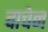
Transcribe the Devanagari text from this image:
वाचेन